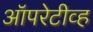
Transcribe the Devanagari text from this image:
ऑपरेटीव्ह